Paatsalu_vallavalitsus, lk 22
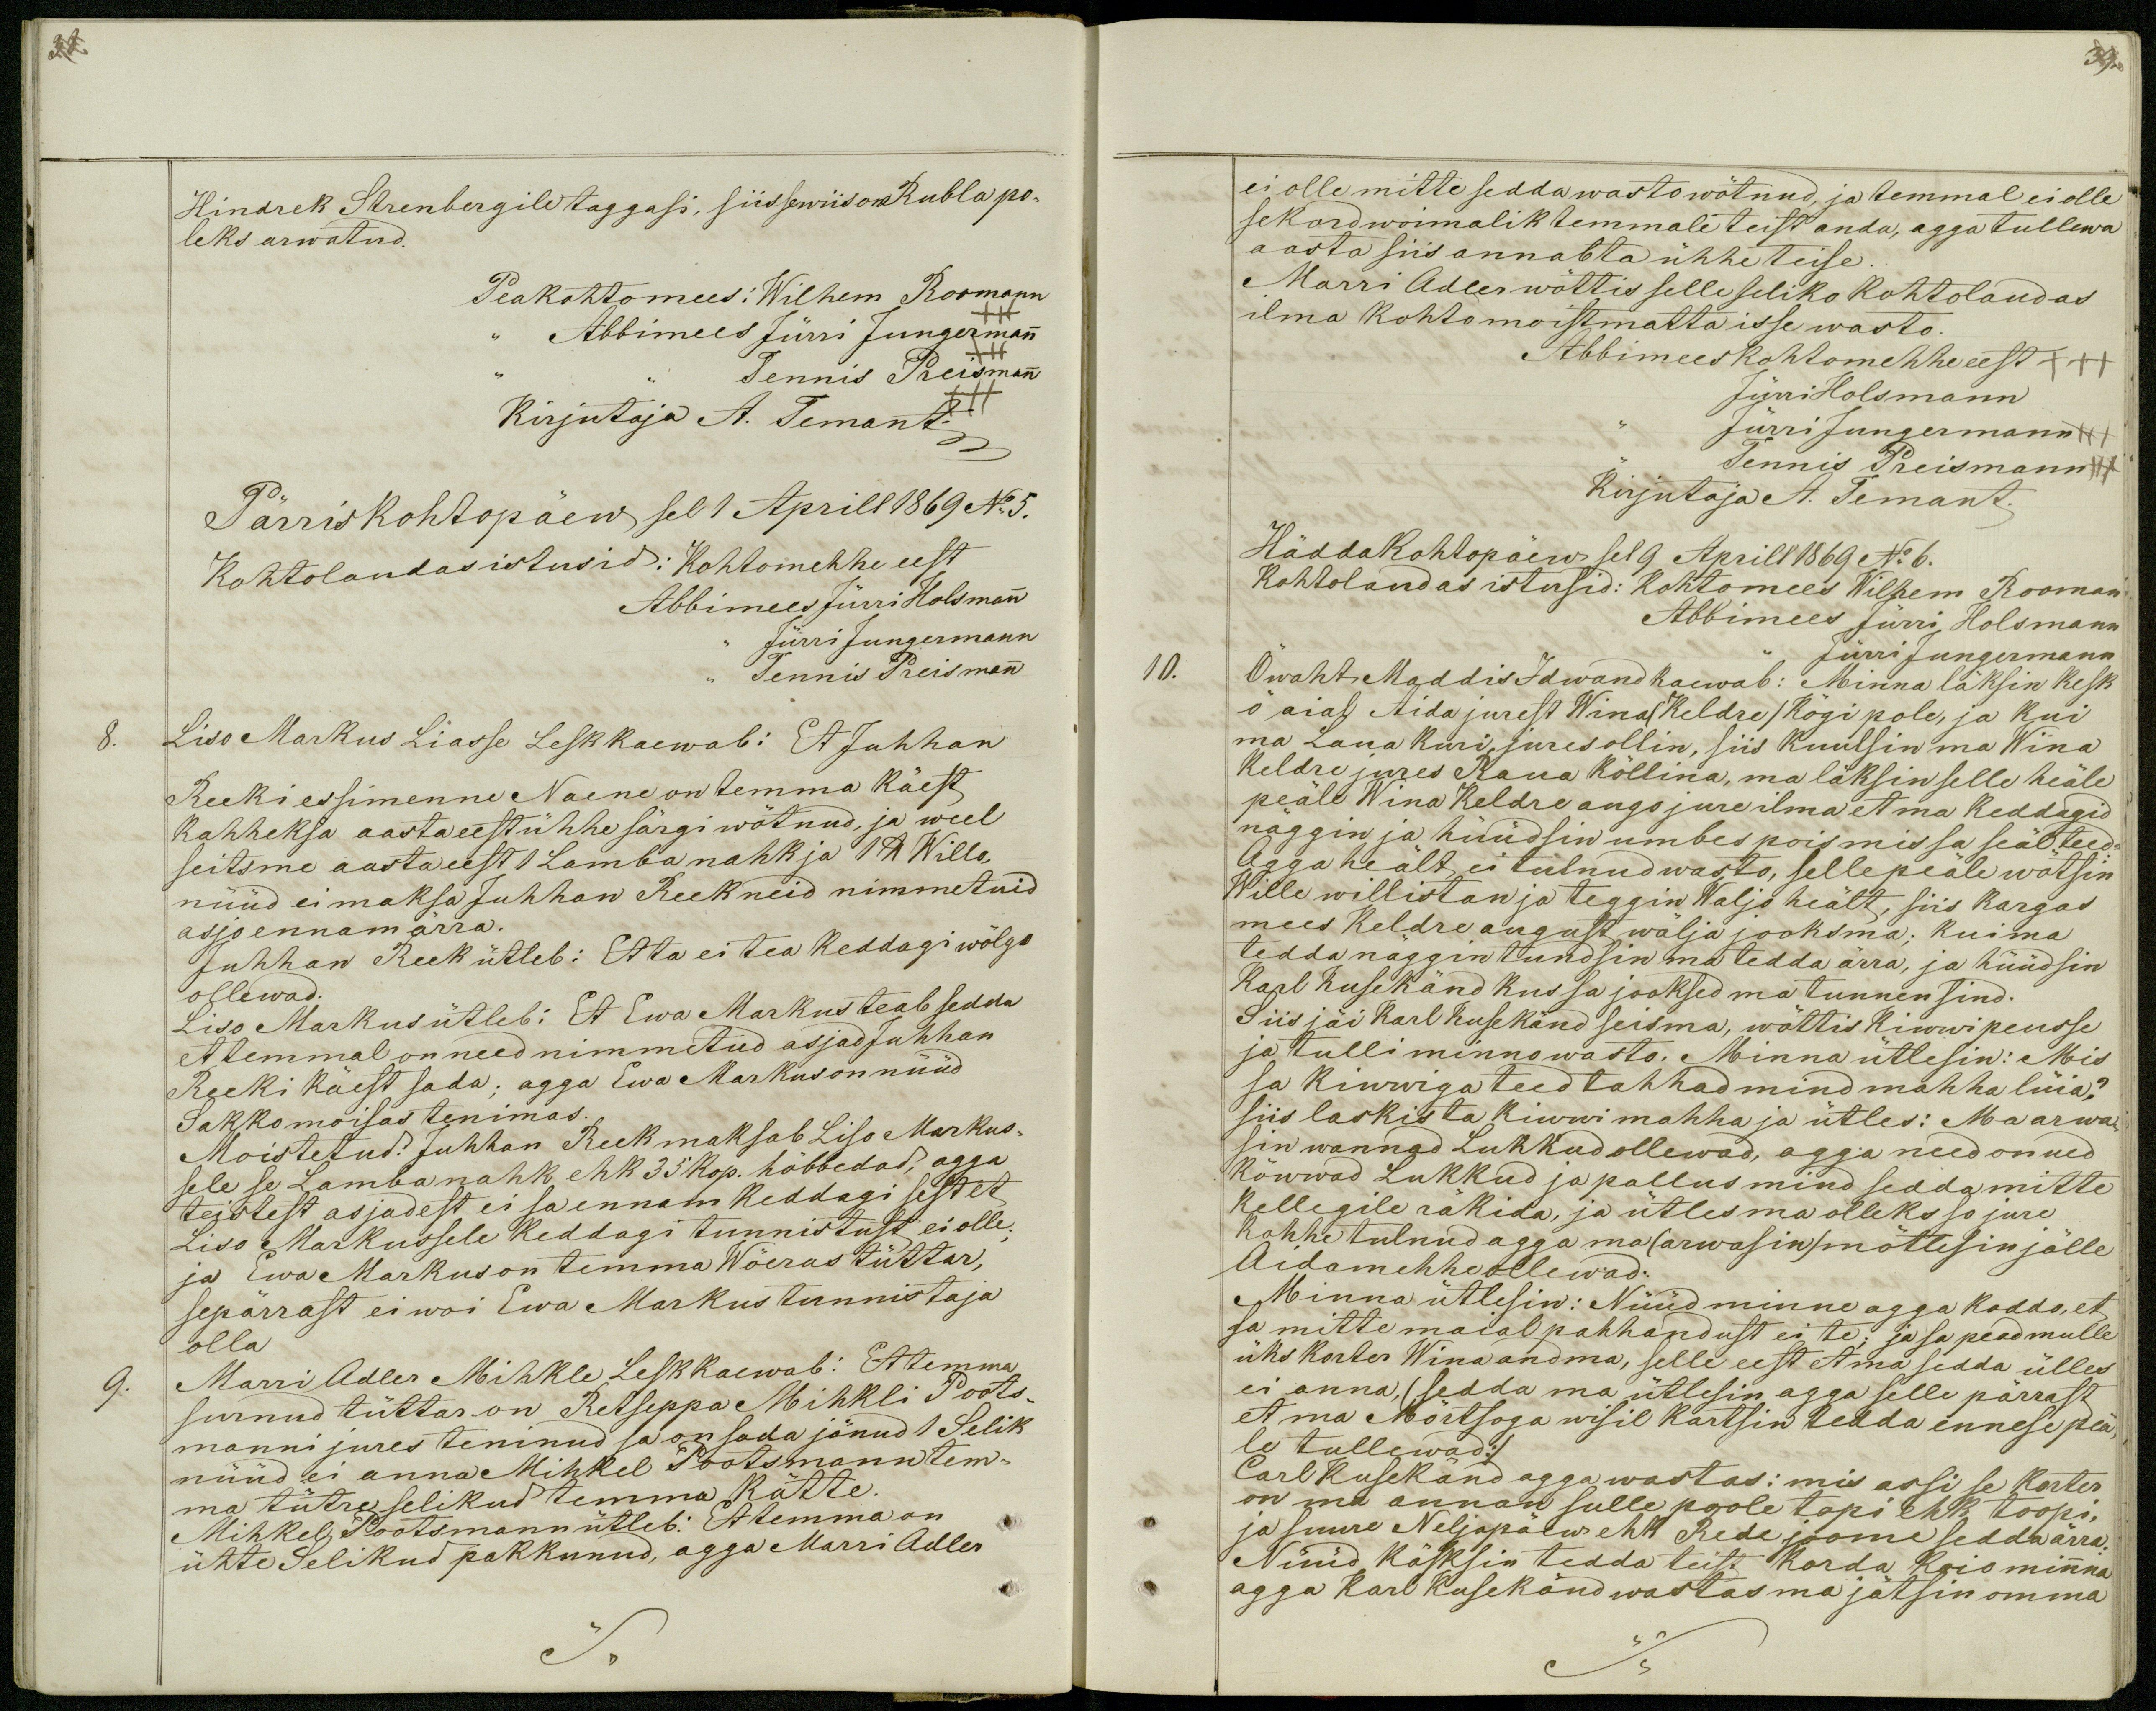
38.

39.

Hindrek Strenbergile taggasi, siis sewiis on Rubla po-
leks arwatud.
Peakohtomees: Wilhem Roomann
Abbimees Jürri Jungermann
Tennis Preismann
Kirjutaja A. Temant.+++
Pärriskohtopäew sel 1 Aprill 1869 No 5.
Kohtolaudas istusid: Kohtomehhe eest
Abbimees Jürri Holsmann
Jürri Jungermann
Tennis Preismann
8.
Liso Markus Liasse Lesk kaewab: Et Juhhan
Reeki essimenne Naene on temma käest
kahheksa aasta eest ühhe särgi wõtnud, ja weel
seitsme aasta eest 1 Lamba nahk ja 1 lb Willo,
nüüd ei maksa Juhhan Reek neid nimmetuid
asjo ennam ärra.
Juhhan Reek ütleb: Et ta ei tea keddagi wõlgo
ollewad.
Liso Markus ütleb: Et Ewa Markus teab sedda
et temmal on need nimmetud asjad Juhhan
Reeki käest sada; agga Ewa Markus on nüüd
Sakko moisas tenimas.
Moistetud: Juhhan Reek maksab Liso Markus-
sele se Lamba nahk ehk 35 kop. hõbbedad, agga
teistest asjadest ei sa ennam keddagi sest et
Liso Markussele keddagi tunnistust ei olle;
ja Ewa Markus on temma Wõeras tüttar,
sepärrast ei woi Ewa Markus tunnistaja
olla
Marri Adler Mihkle Lesk kaewab: Et temma
surnud tüttar on Retseppa Mihkli Poots-
manni jures teninud ja on soda jänud 1 Selik
nüüd ei anna Mihkel Pootsmann tem-
ma tütre selikud temma kätte.
Mihkel Pootsmann ütleb: Et temma on
ühte Selikud pakkunud, agga Marri Adler

ei olle mitte sedda wasto wõtnud, ja temmal ei olle
sekord woimalik temmale teist anda, agga tullewa
aasta siis annab ta ühhe teise.
Marri Adler wõttis selle seliko kohtolaudas
ilma kohtomoistmatta isse wasto.
Abbimeeskohtomehhe eest +++
Jürri Holsmann
Jürri Jungermann +++
Tennis Preismann +++
Kirjutaja A. Temant.
Häddakohtopäew sel 9 Aprill 1869 No 6.
Kohtolaudas istusid: Kohtomees Wilhem Rooman
Abbimees Jürri Holsmann
Jürri Jungermann
Öwaht Maddis Idwand kaewab: Minna läksin kesk
ö aial Aida jurest Wina (Keldre) kögi pole, ja kui
ma Laua Kuri, jures ollin, siis kuulsin ma Wina
Keldre jures Raua kõllina, ma läksin selle heäle
peäle Wina Keldre augo jure ilma et ma keddagid
näggin ja hüüdsin umbes pois mis sa seäl teed.
Agga heält ei tulnud wasto, sellepeäle wõtsin
Wille willistan ja teggin Waljo heält, siis kargas
mees Keldre august wälja jooksma; kui ma
tedda näggin tundsin ma tedda ärra, ja hüüdsin
Karl Kusekänd kus sa jooksed ma tunnen sind.
Siis jäi Karl Kusekänd seisma, wõttis kiwwi peusse
ja tulli minno wasto. Minna ütlesin: Mis
sa kiwwiga teed tahhad mind mahha lüia?
siis laskis ta kiwi mahha ja ütles: Ma arwa-
sin wannad Lukkud ollewad, agga need on ued
kõwwad Lukkud ja pallus mind sedda mitte
kellegile räkida, ja ütles ma olleks so jure
kohhe tulnud agga ma (arwasin)  mõtlesin jälle
Aidamehhe ollewad.
Minna ütlesin: Nüüd minne agga koddo, et
sa mitte moial pahhandust ei te; ja sa pead mulle
üks korter Wina andma, selle eest et ma sedda ülles
ei anna, (sedda ma ütlesin agga selle pärrast
et ma Mõrtsoga wisil kartsin tedda ennese pea-
le tullewad:/
Carl Kusekänd agga wastas: mis assi se korter
on ma annan sulle poole topi ehk toopi,
ja suure Neljapäew ehk Rede joome sedda ärra.
Nüüd käsksin tedda teist korda koio minna
agga Karl Kusekänd wastas ma jätsin omma

10.

9.